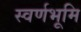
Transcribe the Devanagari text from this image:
स्वर्णभूमि